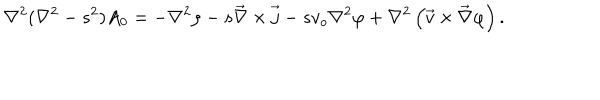
\nabla ^ { 2 } ( \nabla ^ { 2 } - s ^ { 2 } ) A _ { 0 } = - \nabla ^ { 2 } \rho - s \overrightarrow { \nabla } \times \overrightarrow { j } - s v _ { o } \nabla ^ { 2 } \varphi + \nabla ^ { 2 } \left( \overrightarrow { v } \times \overrightarrow { \nabla } \varphi \right) .